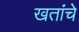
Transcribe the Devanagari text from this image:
खतांचे